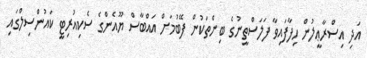
އަދި އިސްރާޢީލުން ހިފާފައިވާ ފަލަސްތީނުގެ ބިންތަކުން ފޭބުމަށް އައްބާސް ޔޫއެންގެ ސެކިއުރިޓީ ކައުންސިލްގައި